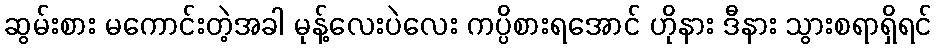
ဆွမ်းစား မကောင်းတဲ့အခါ မုန့်လေးပဲလေး ကပ္ပိစားရအောင် ဟိုနား ဒီနား သွားစရာရှိရင်